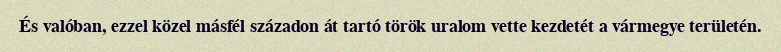
És valóban, ezzel közel másfél századon át tartó török uralom vette kezdetét a vármegye területén.